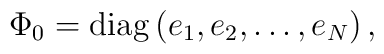
\Phi_0 ={\rm diag}\, (e_1 , e_2, \ldots , e_N) \, ,